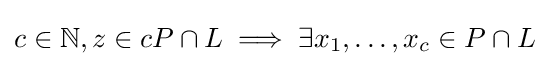
c\in \mathbb {N} ,z\in cP\cap L\implies \exists x_{1},\ldots ,x_{c}\in P\cap L